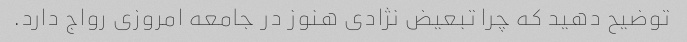
توضیح دهید که چرا تبعیض نژادی هنوز در جامعه امروزی رواج دارد.